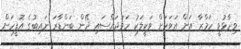
ވިދާޅުވީ ހަމްޒާ އަށް އަވަހަށް ވަކީލަކު ހަމަޖައްސައި ދޭން ބަންޑާރަ ނައިބުގެ އޮފީހަށް